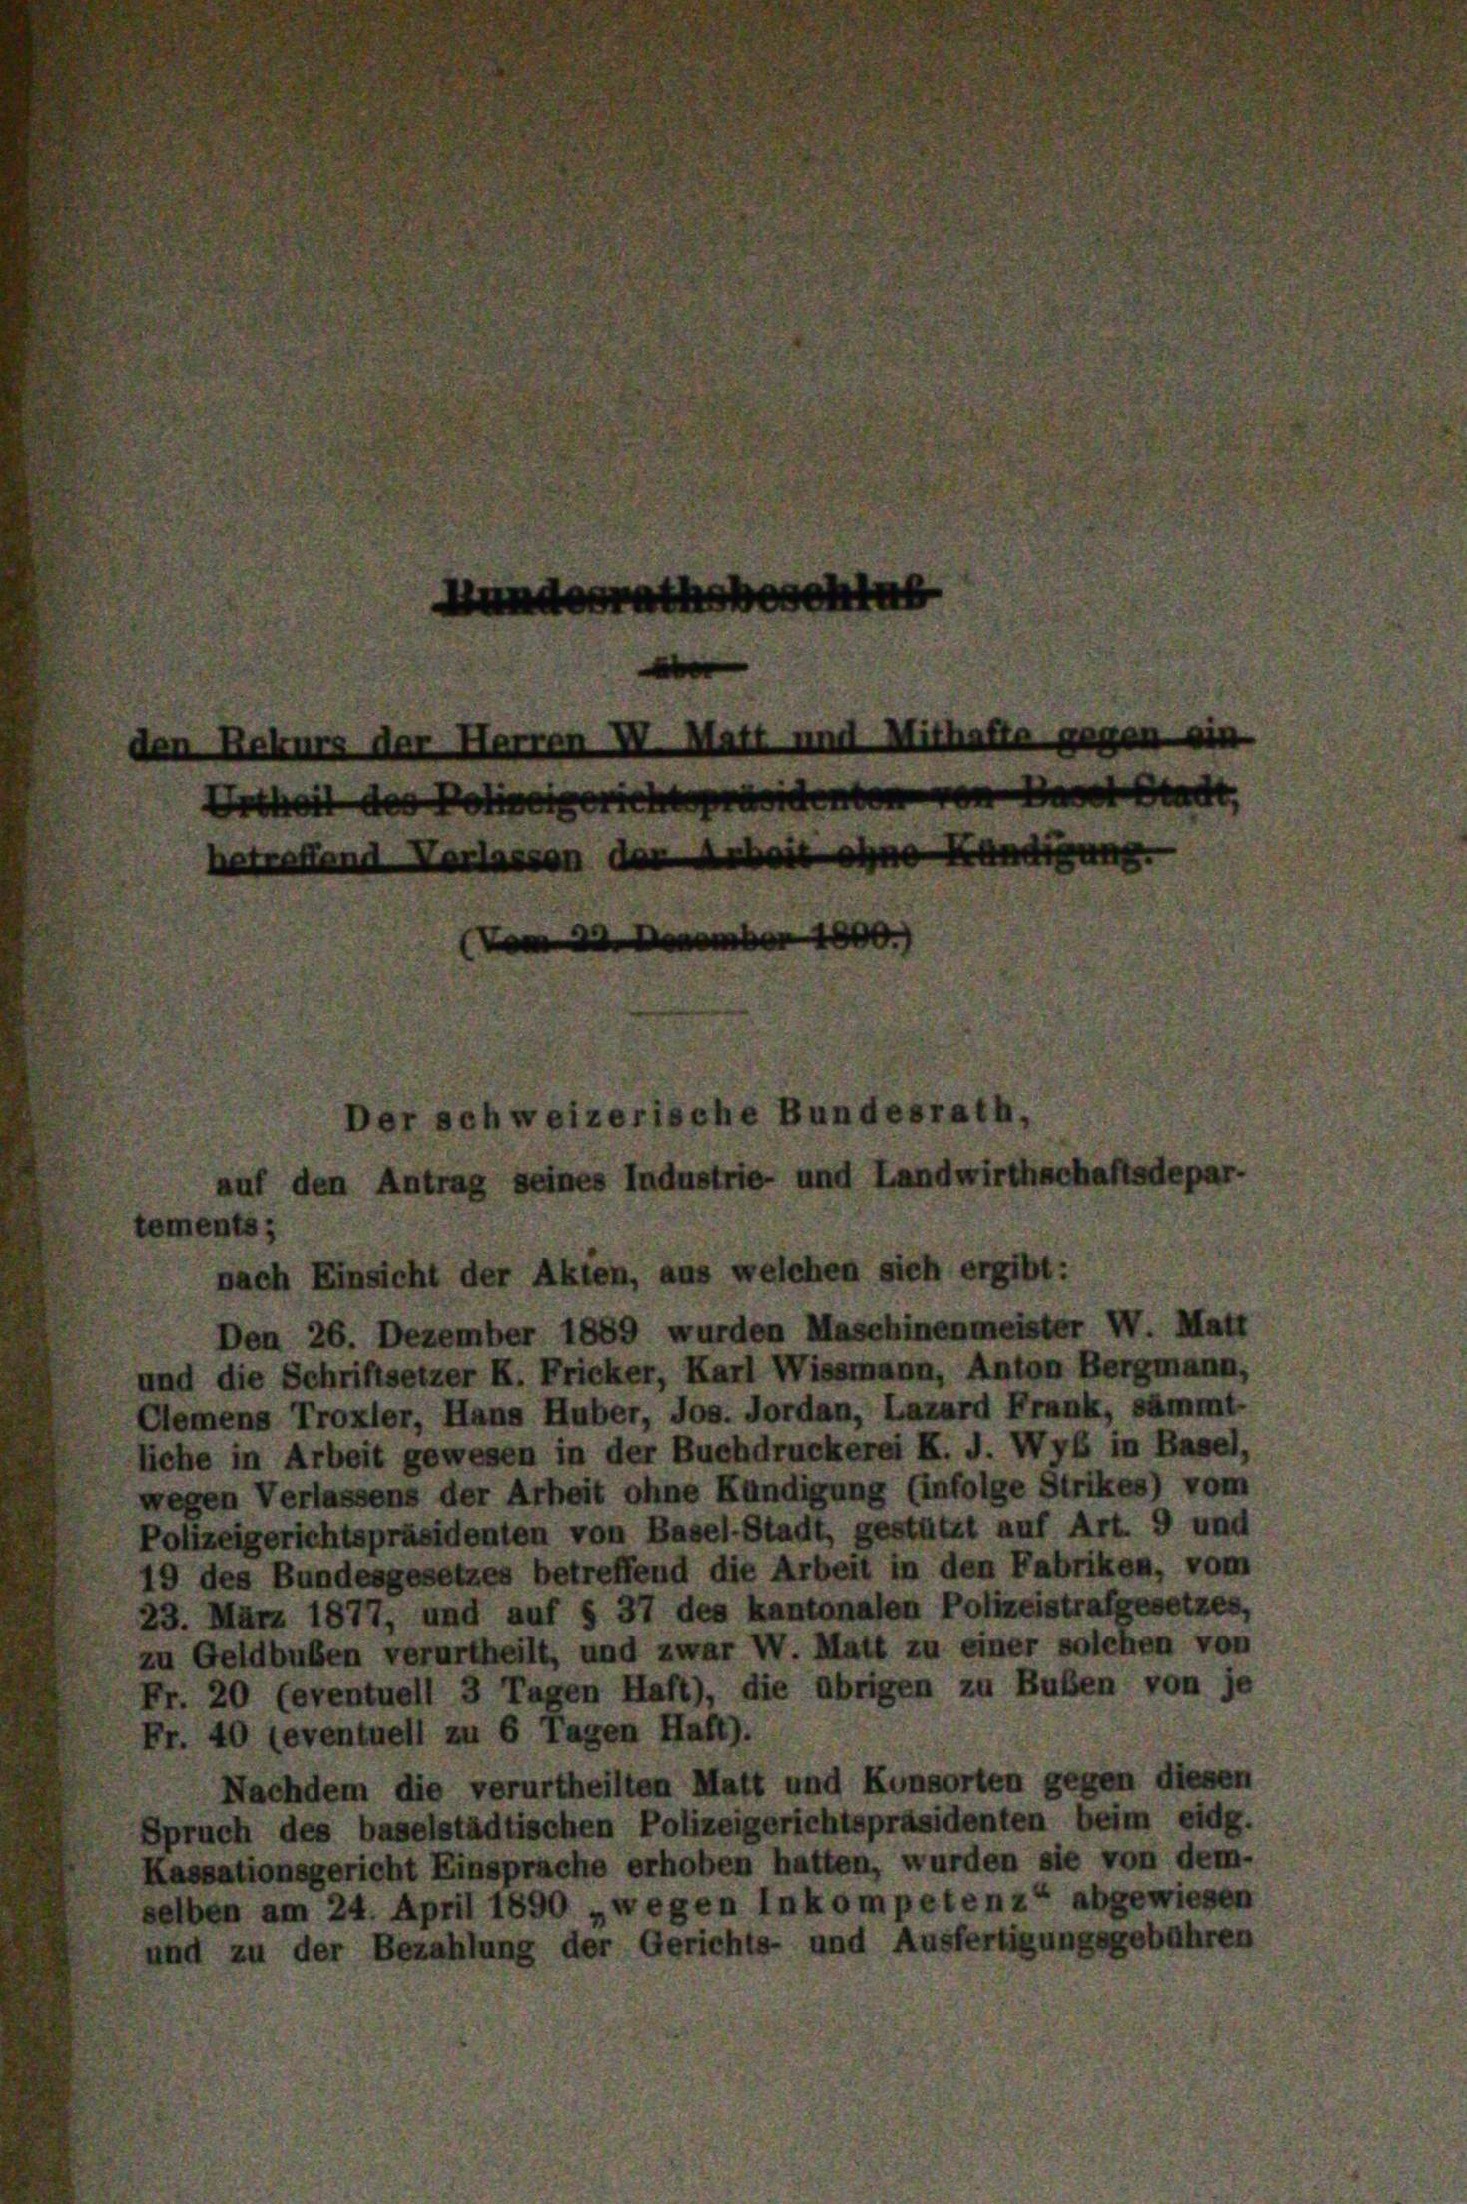
Rekurs der Harren W. Matt und Mithafta
Urtheit des Polizeigerichtspräsidenten
Fang
betreffend Verlassen de

ements;

schweizerische Bundesrath
uf den Antrag seines Industrie- und Landwirthschaf

nach Einsicht der Akten, aus welchen sich ergibt:
Den 26. Dezember 1889 wurden Maschinenmeister W. Mai
und die Schriftsetzer K. Fricker, Karl Wissmann, Anton Bergmann,
Clemens Troxler, Hans Huber, Jos. Jordan, Lazard Frank, sammt-
liche in Arbeit gewesen in der Buchdruckerei K. J. Wyb in Basel,
wegen Verlassens der Arheit ohne Kündigung (infolge Strikes) vom
Polizeigerichtspräsidenten von Basel-Stadt, gestützt auf Art. 9 und
19 des Bundesgesetzes betreffend die Arbeit in den Fabriken, vom
23. März 1877, und auf § 37 des kantonalen Polizeistrafgesetzes,
zu Geldbuben verurtheilt, und zwar W. Matt zu einer solchen von
Fr. 20 (eventuell 3 Tagen Haft), die übrigen zu Buben von je
Fr. 40 leventuell zu 6 Tagen Haft).
Nachdem die verurtheilten Matt und Konsorten gegen diese
pruch des baselstädtischen Polizeigerichtspräsidenten beim eidg.
Kassationsgericht Einsprache erhoben hatten, wurden sie von dem-
selben am 24. April 1890 „wegen Inkompetenz“ abgewiesen
und zu der Bezahlung der Gerichts- und Ausfertigungsgebühren